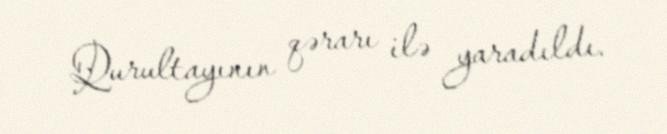
Qurultayının qərarı ilə yaradıldı.